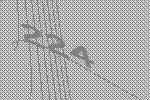
224